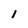
Character: 1